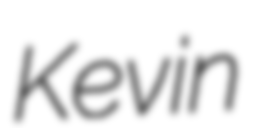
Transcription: Kevin